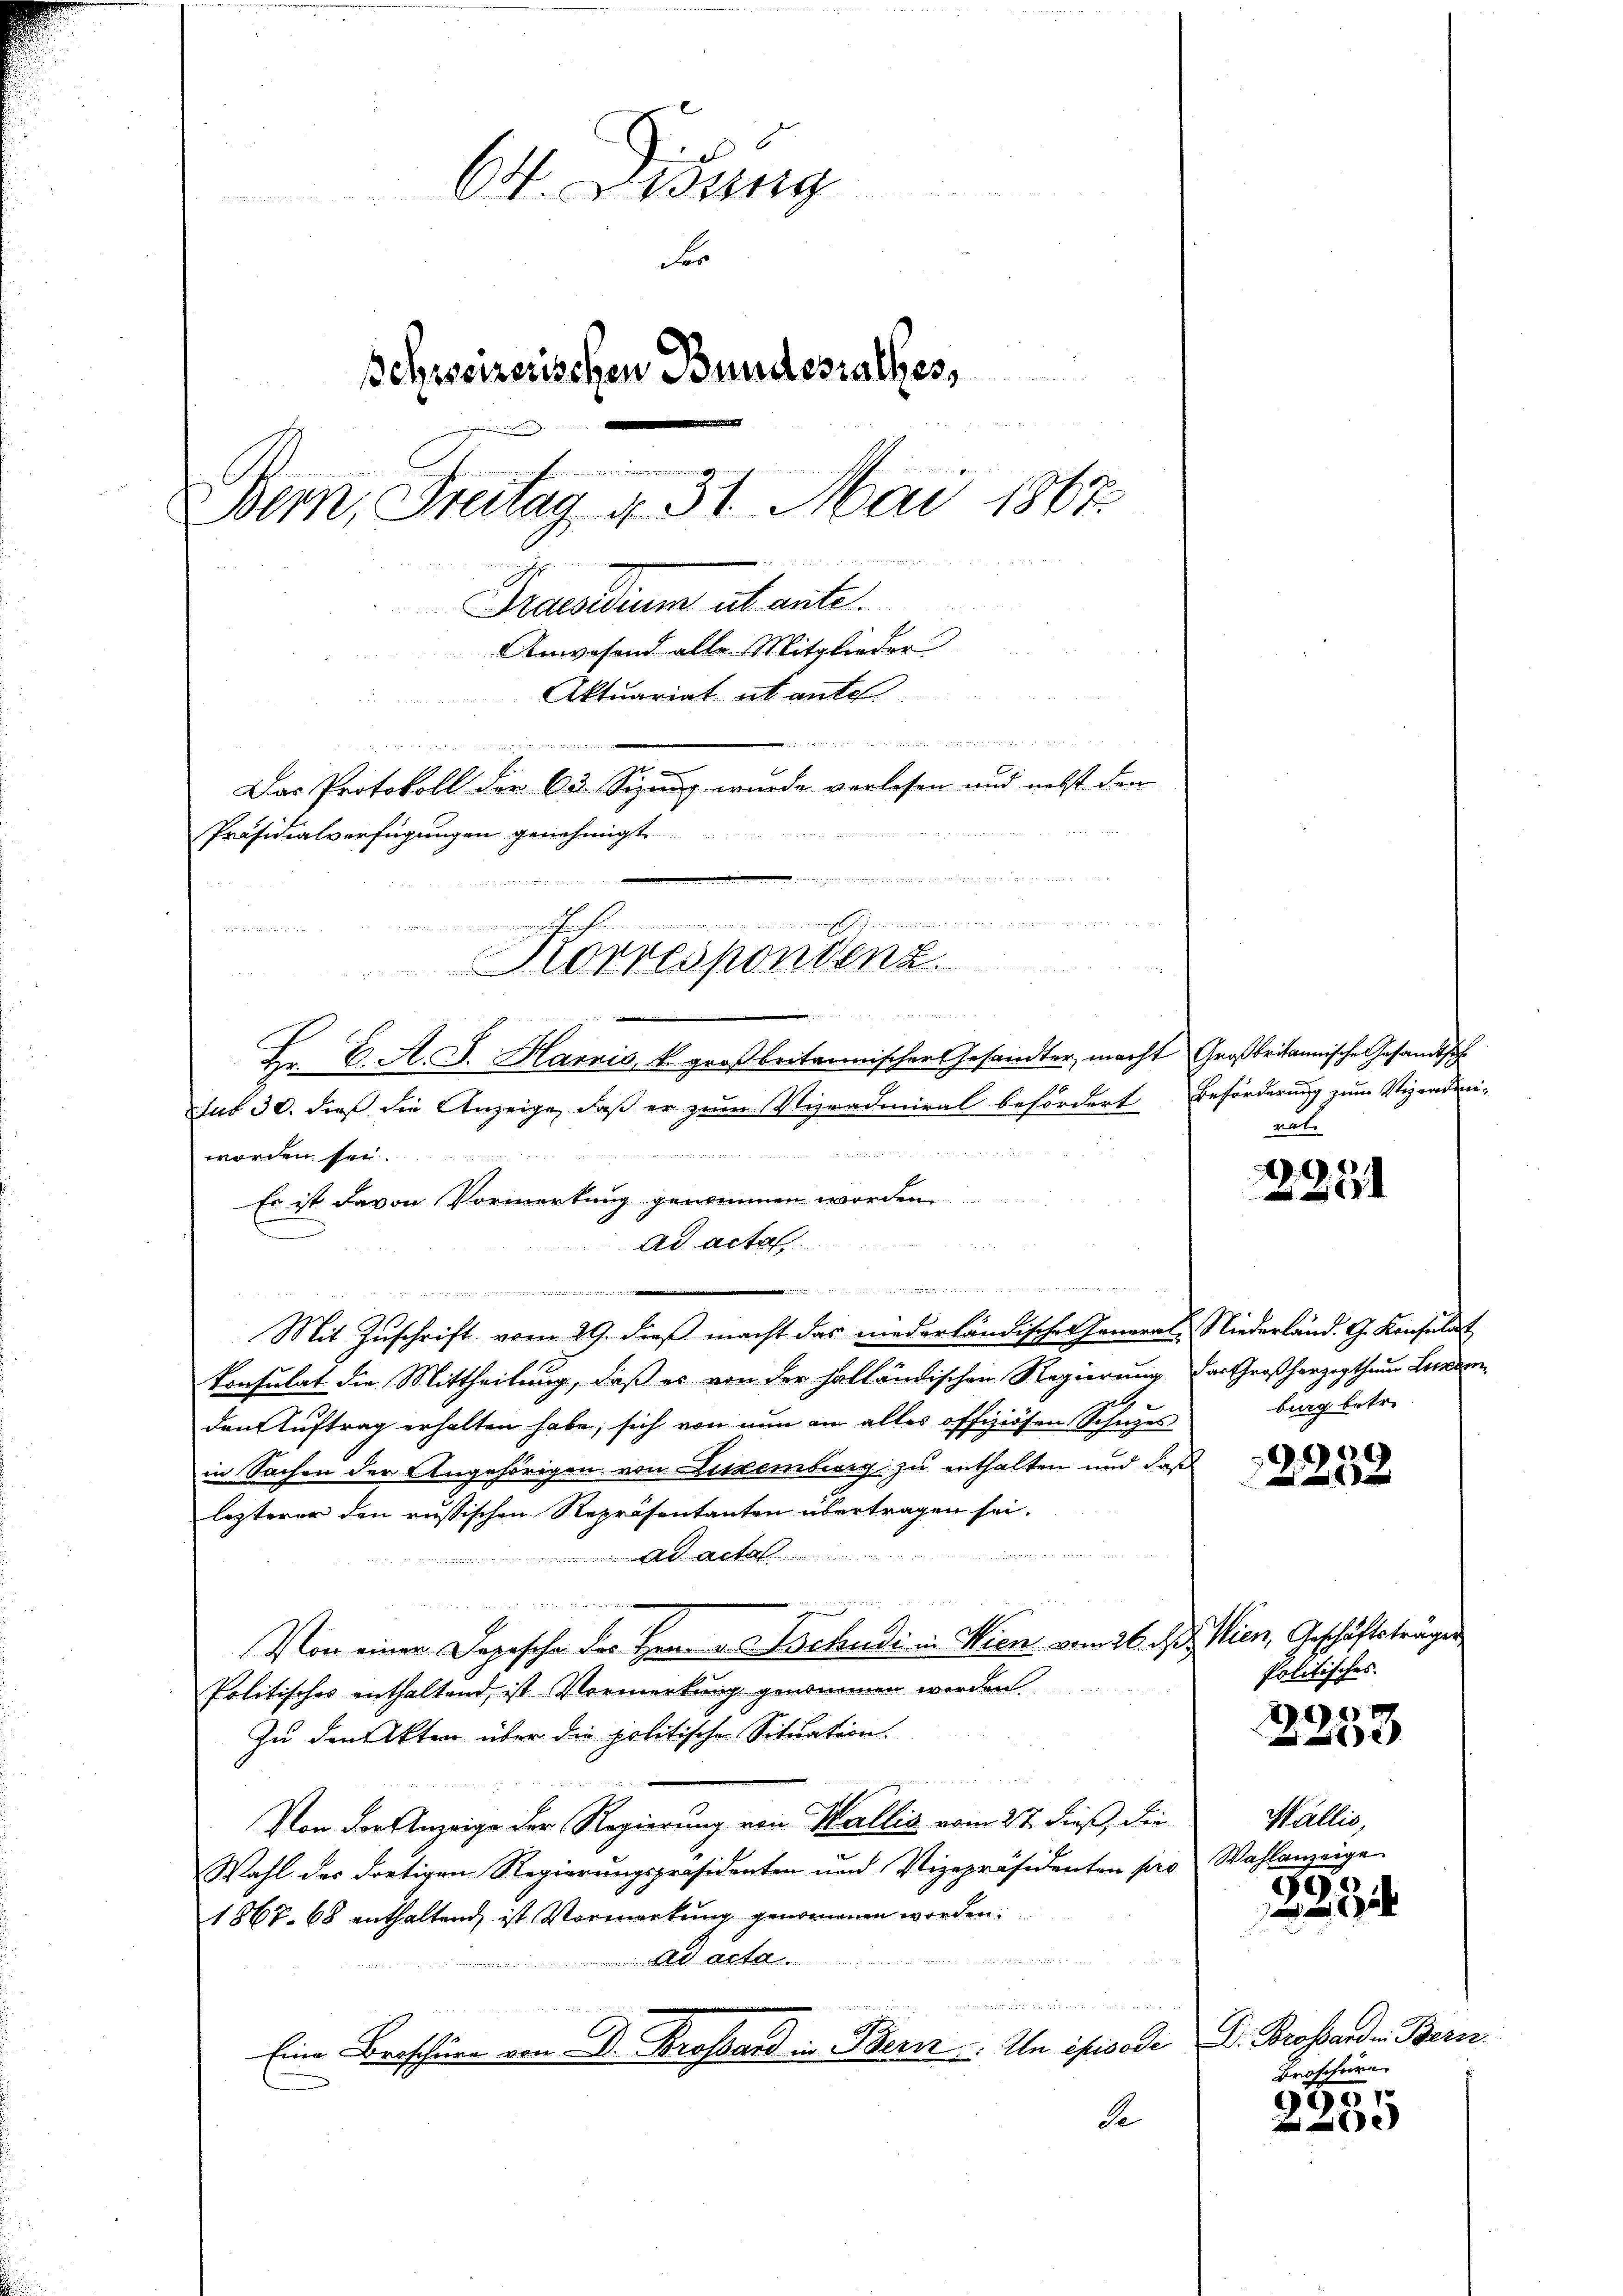
O. sag
Fer
Schreizerischen Bundesrathes,
eis in an einen in er in
Bern, Freitag 4. 31. Mai 1867.
Praesidium übente.
Anwesend alle Mitglieder
Aktuariat et ante

Das Protokoll der 63. Sizung wurde verlesen und nebst den
Präsidialverfügungen genehmigt.

Fr. C. A. G. Harnis k. großbritannischer Gesandter, macht Großbritannische Gesandtsch
sub 30. dieß die Anzeige, daß er zum Nipradiniral befördert Beförderung zum Vizendeni-
wan ein
worden sei
Es ist davon Vormerkung genommen worden.
ad acta
 der gegen Wagner gegen wenn in der wie wie angen
Mit Zuschrift vom 29. dieß macht das niederländische General-Niederländ. G. Konsulat
konsulat die Mittheilung, daß es von der holländischen Regierung der Großherzogthum Lindam¬

den Auftrag erhalten habe, sich von nun an alles offiziösen Schuzes
in Sachen der Angehörigen von Littemberg zu enthalten und daß
lezterer den russischen Repräsentanten übertragen sei.
 wie den den
Ara
d
Von einer Depesche des Herr v. Tschudi in Wien vom 26. ds. Wien, Geschäftsträger
Politisches enthaltend, ist Vormerkung genommen worden.
Zu den Akten über die politischen Situation.
Von der Anzeige der Regierung von Wallis vom 27. dieß, die
Wahl des dortigen Regierungspräsidenten und Vizepräsidenten pro Wahlanzeige
1867. 68 enthaltend, ist Vormerkung genommen worden.

Ad acta
 f 8 x
Eine Broschüre von Dr. Brossard in Bern. In Chrisode V. Brossard in Beri
de

eifachen einem nun nennunge
Korrespondenz.

mat

2251

burg betr.

)
2232

Politisches.

.

Wallis,

2234

Broschüre

901.
e